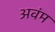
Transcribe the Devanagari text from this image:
अवंम